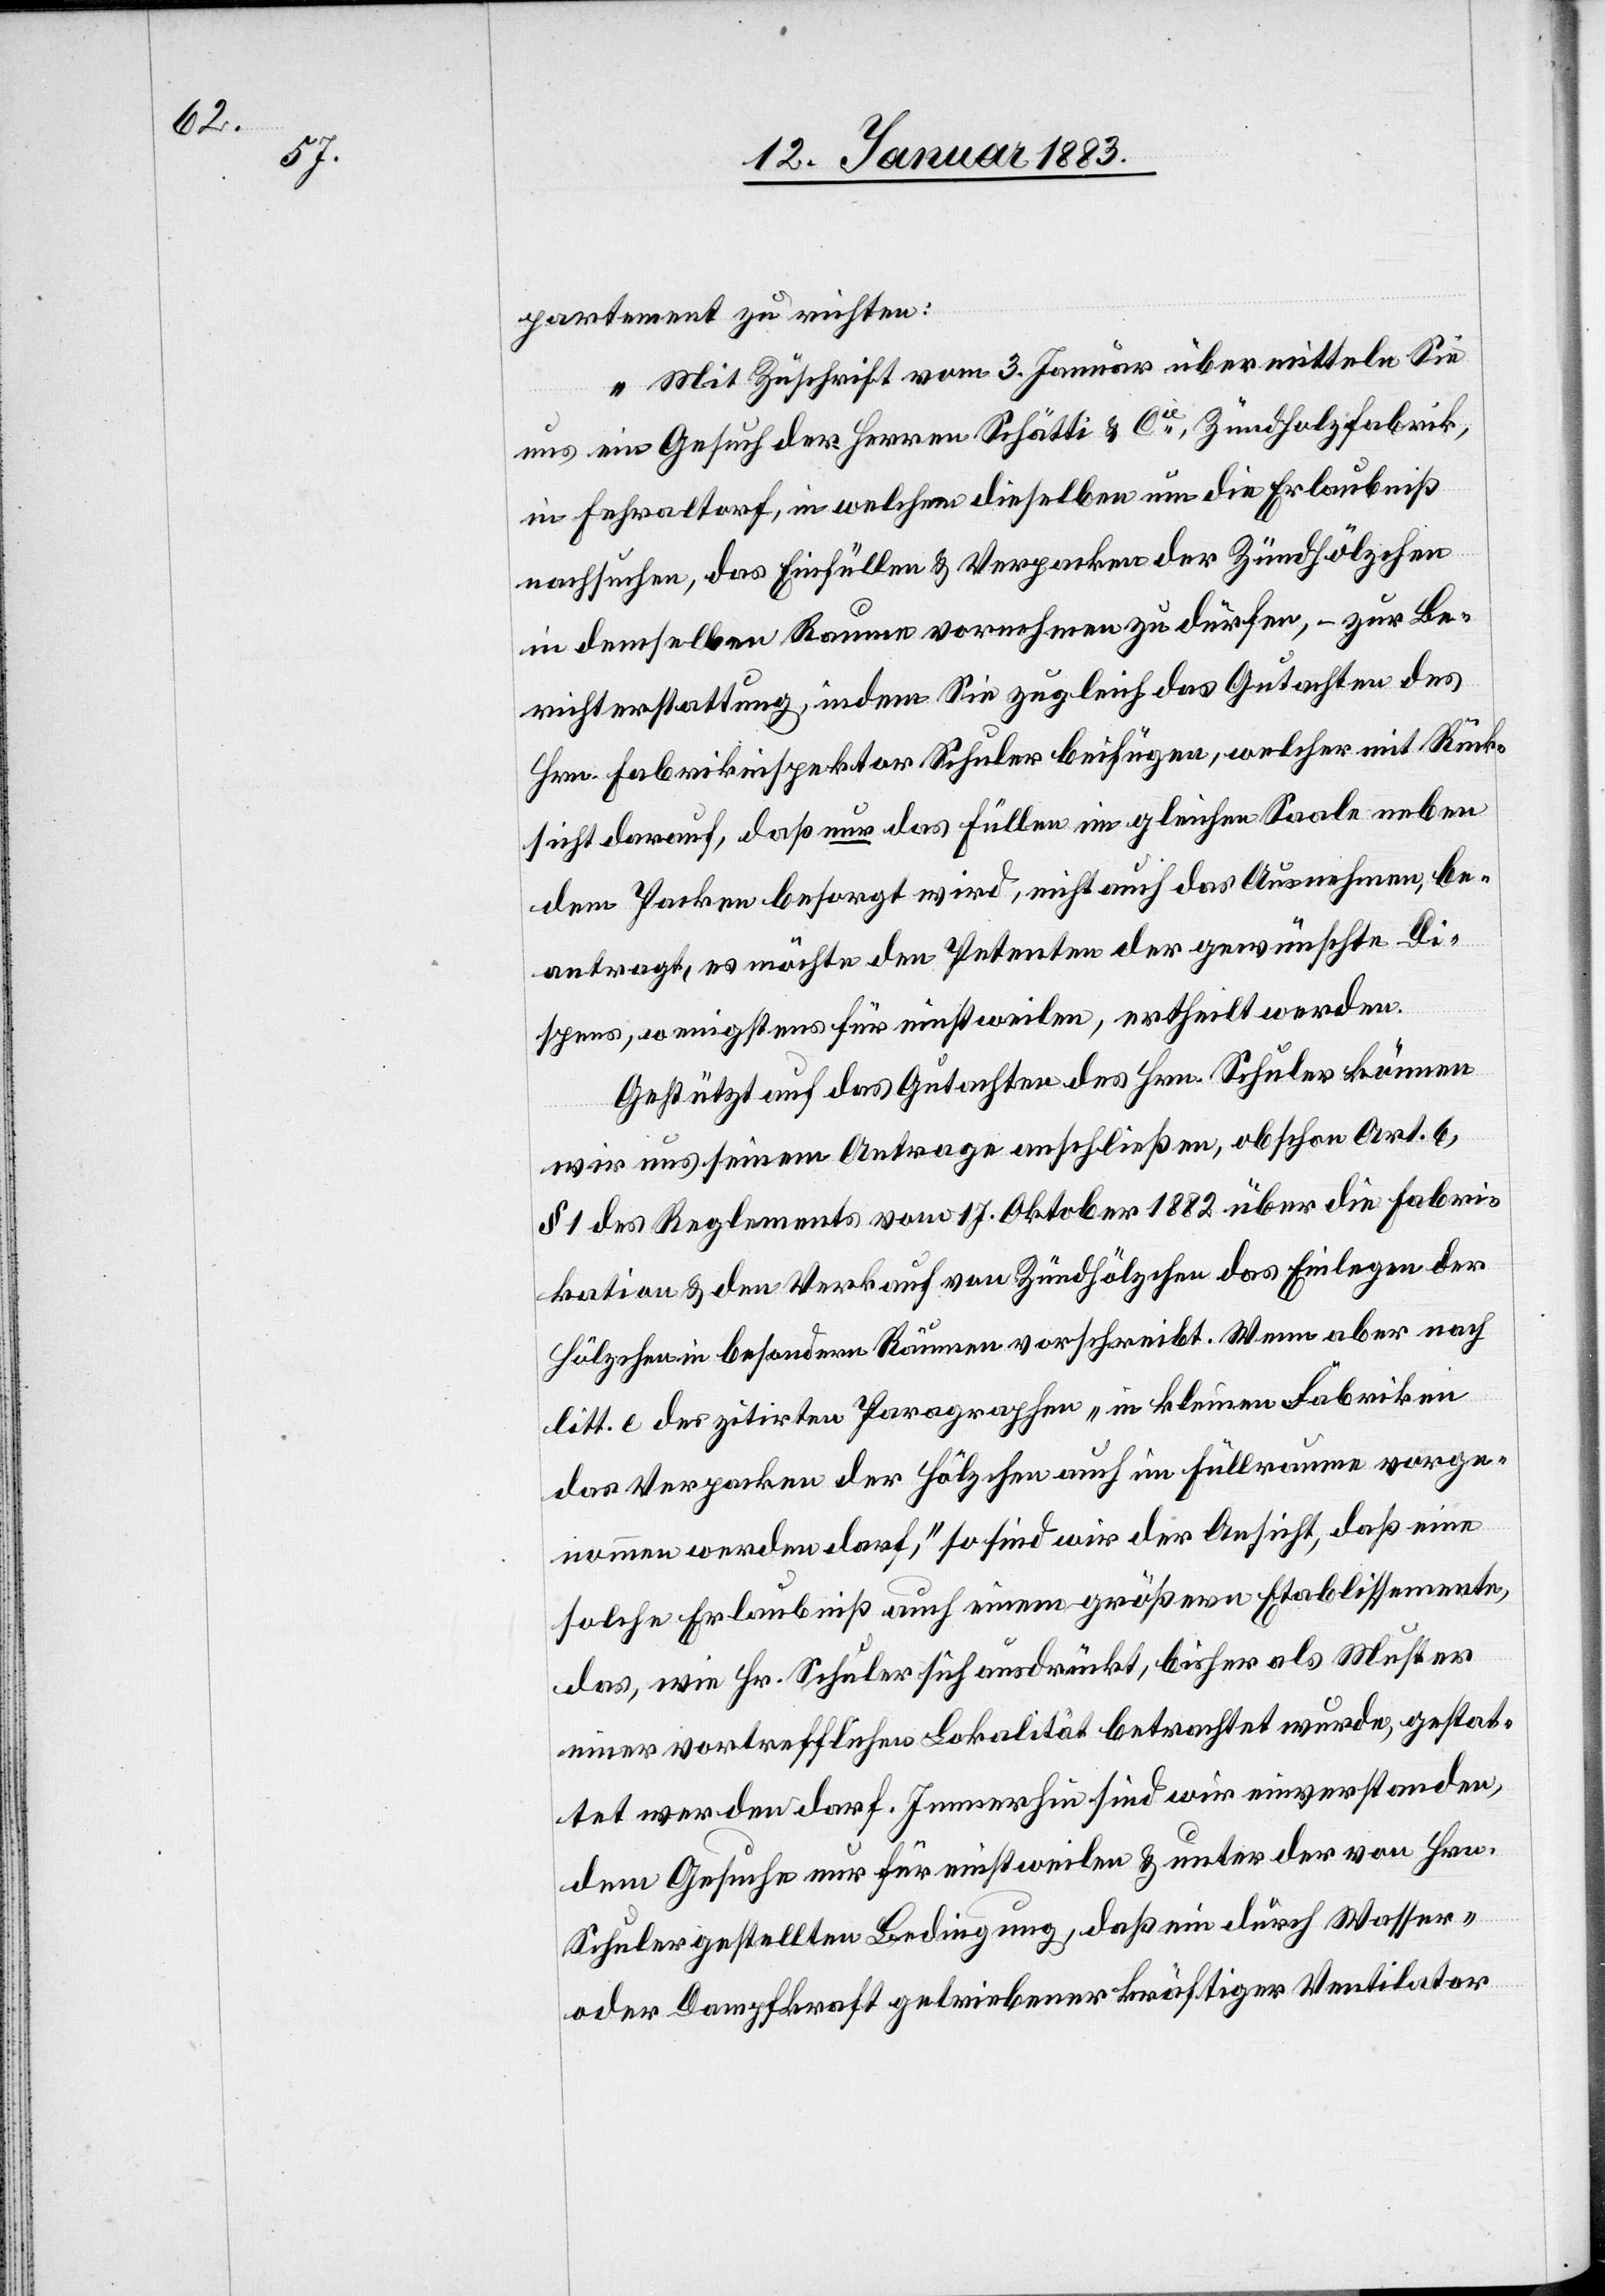
partement zu richten:
„Mit Zuschrift vom 3. Januar übermitteln Sie
uns ein Gesuch der Herren Schätti & Cie, Zündholzfabrik,
in demselben Raume vornehmen zu dürfen, – zur Be¬
richterstattung, indem Sie zugleich das Gutachten des
Hrn. Fabrikinspektor Schuler beifügen, welcher mit Rück¬
sicht darauf, daß nur das Füllen im gleichen Saale neben
dem Packen besorgt wird, nicht auch das Ausnehmen, be¬
antragt, es möchte dem Petenten der gewünschte Di¬
spens, wenigstens für einstweilen, ertheilt werden.
Gestützt auf das Gutachten des Hrn. Schuler können
wir uns seinem Antrage anschließen, obschon Art. 6,
§ 1 des Reglements vom 17. Oktober 1882 über die Fabri¬
kation & den Verkauf von Zündhölzchen das Einlegen der
Hölzchen in besondern Räumen vorschreibt. Wenn aber nach
litt. e des zitirten Paragraphen „in kleinen Fabriken
das Verpacken der Hölzchen auch im Füllraume vorge¬
nommen werden darf,“ so sind wir der Ansicht, daß eine
solche Erlaubniß auch einem größern Etablissemente,
das, wie Hr. Schuler sich ausdrückt, bisher als Muster
einer vortrefflichen Lokalität betrachtet wurde, gestat¬
tet werden darf. Immerhin sind wir einverstanden,
dem Gesuche nur für einstweilen & unter der von Hrn.
Schuler gestellten Bedingung, daß ein durch Wasser-
oder Dampfkraft getriebener kräftiger Ventilator